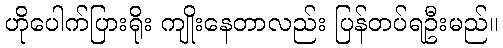
ဟိုပေါက်ပြားရိုး ကျိုးနေတာလည်း ပြန်တပ်ရဦးမည်။